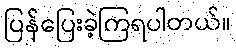
ပြန်ပြေးခဲ့ကြရပါတယ်။